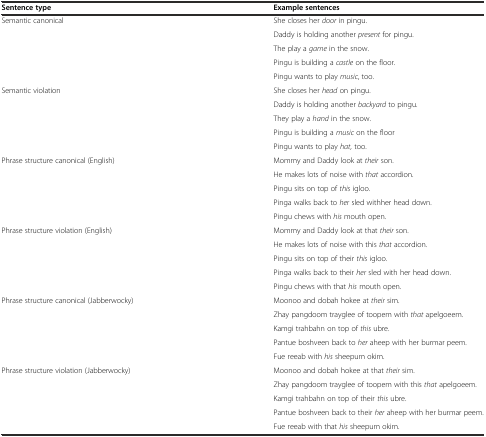
<table><thead><tr><td><b>Sentence type</b></td><td><b>Example sentences</b></td></tr></thead><tbody><tr><td rowspan="5">Semantic canonical</td><td>She closes her <i>door</i> in pingu.</td></tr><tr><td>Daddy is holding another <i>present</i> for pingu.</td></tr><tr><td>The play a <i>game</i> in the snow.</td></tr><tr><td>Pingu is building a <i>castle</i> on the floor.</td></tr><tr><td>Pingu wants to play <i>music</i>, too.</td></tr><tr><td rowspan="5">Semantic violation</td><td>She closes her <i>head</i> on pingu.</td></tr><tr><td>Daddy is holding another <i>backyard</i> to pingu.</td></tr><tr><td>They play a <i>hand</i> in the snow.</td></tr><tr><td>Pingu is building a <i>music</i> on the floor</td></tr><tr><td>Pingu wants to play <i>hat,</i> too.</td></tr><tr><td rowspan="5">Phrase structure canonical (English)</td><td>Mommy and Daddy look at <i>their</i> son.</td></tr><tr><td>He makes lots of noise with <i>that</i> accordion.</td></tr><tr><td>Pingu sits on top of <i>this</i> igloo.</td></tr><tr><td>Pinga walks back to <i>her</i> sled withher head down.</td></tr><tr><td>Pingu chews with <i>his</i> mouth open.</td></tr><tr><td rowspan="5">Phrase structure violation (English)</td><td>Mommy and Daddy look at that <i>their</i> son.</td></tr><tr><td>He makes lots of noise with this <i>that</i> accordion.</td></tr><tr><td>Pingu sits on top of their <i>this</i> igloo.</td></tr><tr><td>Pinga walks back to their <i>her</i> sled with her head down.</td></tr><tr><td>Pingu chews with that <i>his</i> mouth open.</td></tr><tr><td rowspan="5">Phrase structure canonical (Jabberwocky)</td><td>Moonoo and dobah hokee at <i>their</i> sim.</td></tr><tr><td>Zhay pangdoom trayglee of toopem with <i>that</i> apelgoeem.</td></tr><tr><td>Kamgi trahbahn on top of <i>this</i> ubre.</td></tr><tr><td>Pantue boshveen back to <i>her</i> aheep with her burmar peem.</td></tr><tr><td>Fue reeab with <i>his</i> sheepum okim.</td></tr><tr><td rowspan="5">Phrase structure violation (Jabberwocky)</td><td>Moonoo and dobah hokee at that <i>their</i> sim.</td></tr><tr><td>Zhay pangdoom trayglee of toopem with this <i>that</i> apelgoeem.</td></tr><tr><td>Kamgi trahbahn on top of their <i>this</i> ubre.</td></tr><tr><td>Pantue boshveen back to their <i>her</i> aheep with her burmar peem.</td></tr><tr><td>Fue reeab with that <i>his</i> sheepum okim.</td></tr></tbody></table>